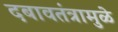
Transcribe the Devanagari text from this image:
दबावतंत्रामुळे